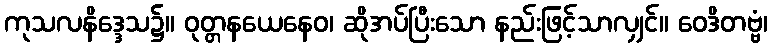
ကုသလနိဒ္ဒေသ၌။ ဝုတ္တနယေနေဝ၊ ဆိုအပ်ပြီးသော နည်းဖြင့်သာလျှင်။ ဝေဒိတဗ္ဗံ၊